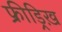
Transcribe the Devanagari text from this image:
फ्रीड्रिख़